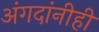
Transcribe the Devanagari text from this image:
अंगदांनीही